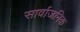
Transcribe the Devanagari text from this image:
सार्वाजनिक